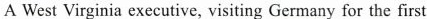
A West Virginia executive, visiting Germany for the first